Sketch of the medical history of the native army of Bombay, for the year
Year: 1875
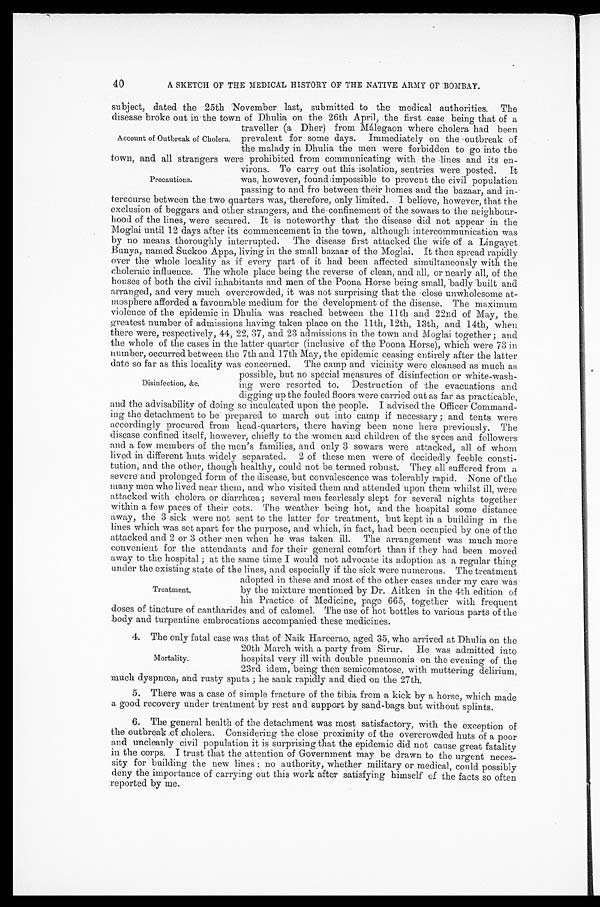
A SKETCH OF THE MEDICAL HISTORY OF THE NATIVE ARMY OF BOMBAY.
subject, dated the 25th November last, submitted to the medical authorities. The
disease broke out in the town of Dhulia on the 26th April, the first case being that of a
traveller (a Dher) from Málegaon where cholera had been
prevalent for some days. Immediately on the outbreak of
the malady in Dhulia the men were forbidden to go into the
town, and all strangers were prohibited from communicating with the lines and its en
-
virons. To carry out this isolation, sentries were posted. It
was, however, found impossible to prevent the civil population
passing to and fro between their homes and the bazaar, and in
-
tercourse between the two quarters was, therefore, only limited. I believe, however, that the
exclusion of beggars and other strangers, and the confinement of the sowars to the neighbour-
hood of the lines, were secured. It is noteworthy that the disease did not appear in the
Moglai until 12 days after its commencement in the town, although intercommunication was
by no means thoroughly interrupted. The disease first attacked the wife of a Lingayet
Bunya, named Suckoo Appa, living in the small bazaar of the Moglai. It then spread rapidly
over the whole locality as if every part of it had been affected simultaneously with the
choleraic influence. The whole place being the reverse of clean, and all, or nearly all, of the
houses of both the civil inhabitants arid men of the Poona Horse being small, badly built and
arranged, and very much overcrowded, it was not surprising that the close unwholesome at-
mosphere afforded a favourable medium for the development of the disease. The maximum
violence of the epidemic in Dhulia was reached between the 11th and 22nd of May, the
greatest number of admissions having taken place on the 11th, 12th, 13th, and 14th, when
there were, respectively, 44, 22, 37, and 23 admissions in the town and Moglai together; and
the whole of the cases in the latter quarter (inclusive of the Poona Horse), which were 73 in
number, occurred between the 7th and 17th May, the epidemic ceasing entirely after the latter
date so far as this locality was concerned. The camp and vicinity were cleansed as much as
possible, but no special measures of disinfection or white-wash
-
ing were resorted to. Destruction of the evacuations and
digging up the fouled floors were carried out as far as practicable,
and the advisability of doing so inculcated upon the people. I advised the Officer Command
-
ing the detachment to be prepared to march out into camp if necessary; and tents were
accordingly procured from head-quarters, there having been none here previously. The
disease confined itself, however, chiefly to the women and children of the syces and followers
and a few members of the men's families, and only 3 sowars were attacked, all of whom
lived in different huts widely separated. 2 of these men were of decidedly feeble consti-
tution, and the other, though healthy, could not be termed robust. They all suffered from a
severe and prolonged form of the disease, but convalescence was tolerably rapid. None of the
many men who lived near them, and who visited them and attended upon them whilst ill, were
attacked with cholera or diarrhœa; several men fearlessly slept for several nights together
within a few paces of their cots. The weather being hot, and the hospital some distance
away, the 3 sick were not sent to the latter for treatment, but kept in a building in the
lines which was set apart for the purpose, and which, in fact, had been occupied by one of the
attacked and 2 or 3 other men when he was taken ill. The arrangement was much more
convenient for the attendants and for their general comfort than if they had been moved
away to the hospital; at the same time I would not advocate its adoption as a regular thing
under the existing state of the lines, and especially if the sick were numerous. The treatment
adopted in these and most of the other cases under my care was
by the mixture mentioned by Dr. Aitken in the 4th edition of
his Practice of Medicine, page 665, together with frequent
doses of tincture of cantharides and of calomel. The use of hot bottles to various parts of the
body and turpentine embrocations accompanied these medicines.
4. The only fatal case was that of Naik Hareerao, aged 35, who arrived at Dhulia on the
20th March with a party from Sirur. He was admitted into
hospital very ill with double pneumonia on the evening of the
23rd idem, being then semicomatose, with muttering delirium,
much dyspnœa, and rusty sputa; he sank rapidly and died on the 27th.
5. There was a case of simple fracture of the tibia from a kick by a horse, which made
a good recovery under treatment by rest and support by sand-bags but without splints.
6. The general health of the detachment was most satisfactory, with the exception of
the outbreak of cholera. Considering the close proximity of the overcrowded huts of a poor
and uncleanly civil population it is surprising that the epidemic did not cause great fatality
in the corps. I trust that the attention of Government may be drawn to the urgent neces-
sity for building the new lines: no authority, whether military or medical, could possibly
deny the importance of carrying out this work after satisfying himself of the facts so often
reported by me.
40
Account of Outbreak of Cholera.
Precautions.
Disinfection, &c.
Treatment.
Mortality.